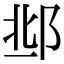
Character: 𨛆